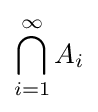
\bigcap _{i=1}^{\infty }A_{i}